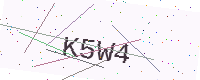
Text: K5W4